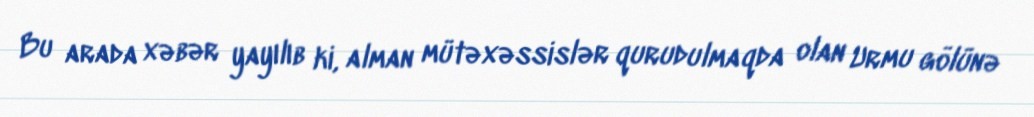
Bu arada xəbər yayılıb ki, alman mütəxəssislər qurudulmaqda olan Urmu gölünə